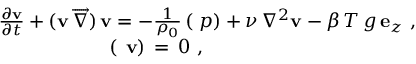
\begin{array} { r } { \frac { \partial { \bf v } } { \partial t } + ( { \bf v } \, \overrightarrow { \nabla } ) \, { \bf v } = - \frac { 1 } { \rho _ { 0 } } \, ( { \bf \nabla } { p } ) + \nu \, \nabla ^ { 2 } { \bf v } - \beta \, T \, g \, { \bf e } _ { z } \ , \ \ \ } \\ { ( \mathbf { \nabla } \, { \bf v } ) \, = \, 0 \ , \qquad \qquad \qquad \qquad \qquad \qquad } \end{array}